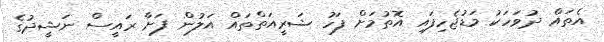
އެތައް ދުވަހަކު މަޑުޖެހިފައި އޮތުމަށް ފަހު ޝަރީއަތްތައް އަލުން ފަށާ ރައީސް ނަޝީދުގެ